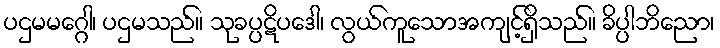
ပဌမမဂ္ဂေါ၊ ပဌမသည်။ သုခပ္ပဋိပဒေါ၊ လွယ်ကူသောအကျင့်ရှိသည်။ ခိပ္ပါဘိညော၊